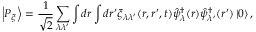
\left| P _ { \xi } \right\rangle = \frac { 1 } { \sqrt { 2 } } \sum _ { \lambda \lambda ^ { \prime } } \int d \boldsymbol { r } \int d \boldsymbol { r } ^ { \prime } \xi _ { \lambda \lambda ^ { \prime } } ( \boldsymbol { r } , \boldsymbol { r } ^ { \prime } , t ) \hat { \psi } _ { \lambda } ^ { \dagger } ( \boldsymbol { r } ) \hat { \psi } _ { \lambda ^ { \prime } } ^ { \dagger } ( \boldsymbol { r } ^ { \prime } ) \left| 0 \right\rangle ,